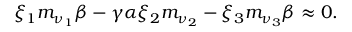
\xi _ { 1 } m _ { \nu _ { 1 } } \beta - \gamma \alpha \xi _ { 2 } m _ { \nu _ { 2 } } - \xi _ { 3 } m _ { \nu _ { 3 } } \beta \approx 0 .